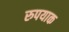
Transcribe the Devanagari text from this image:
रुपयाक